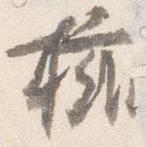
擁